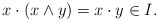
\begin{align*}x\cdot(x\wedge y)=x\cdot y\in I.\end{align*}